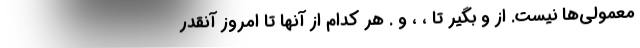
معمولی‌ها نیست. از و بگیر تا ، ، و . هر کدام از آنها تا امروز آنقدر